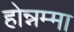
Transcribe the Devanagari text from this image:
होन्नम्मा